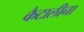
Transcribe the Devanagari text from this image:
कैटालीना